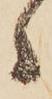
ゝ